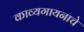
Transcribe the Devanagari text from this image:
काव्यगायनाचे